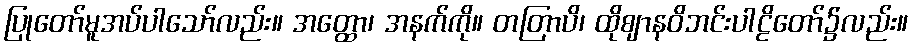
ပြုတော်မူအပ်ပါသော်လည်း။ အတ္ထော၊ အနက်ကို။ တတြာပိ၊ ထိုဈာနဝိဘင်းပါဠိတော်၌လည်း။